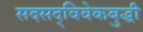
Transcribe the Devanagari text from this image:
सदसद्‌विवेकबुद्धी